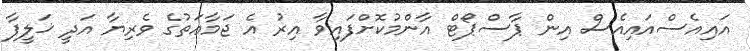
އައިއެސްއައިއެސް އިން ޕާސްޕޯޓް އާންމުކޮށްފައިވާ އިރު އެ ޖަމާޢަތުގެ ވެރިޔާ އަދީ ޚަލީފާ